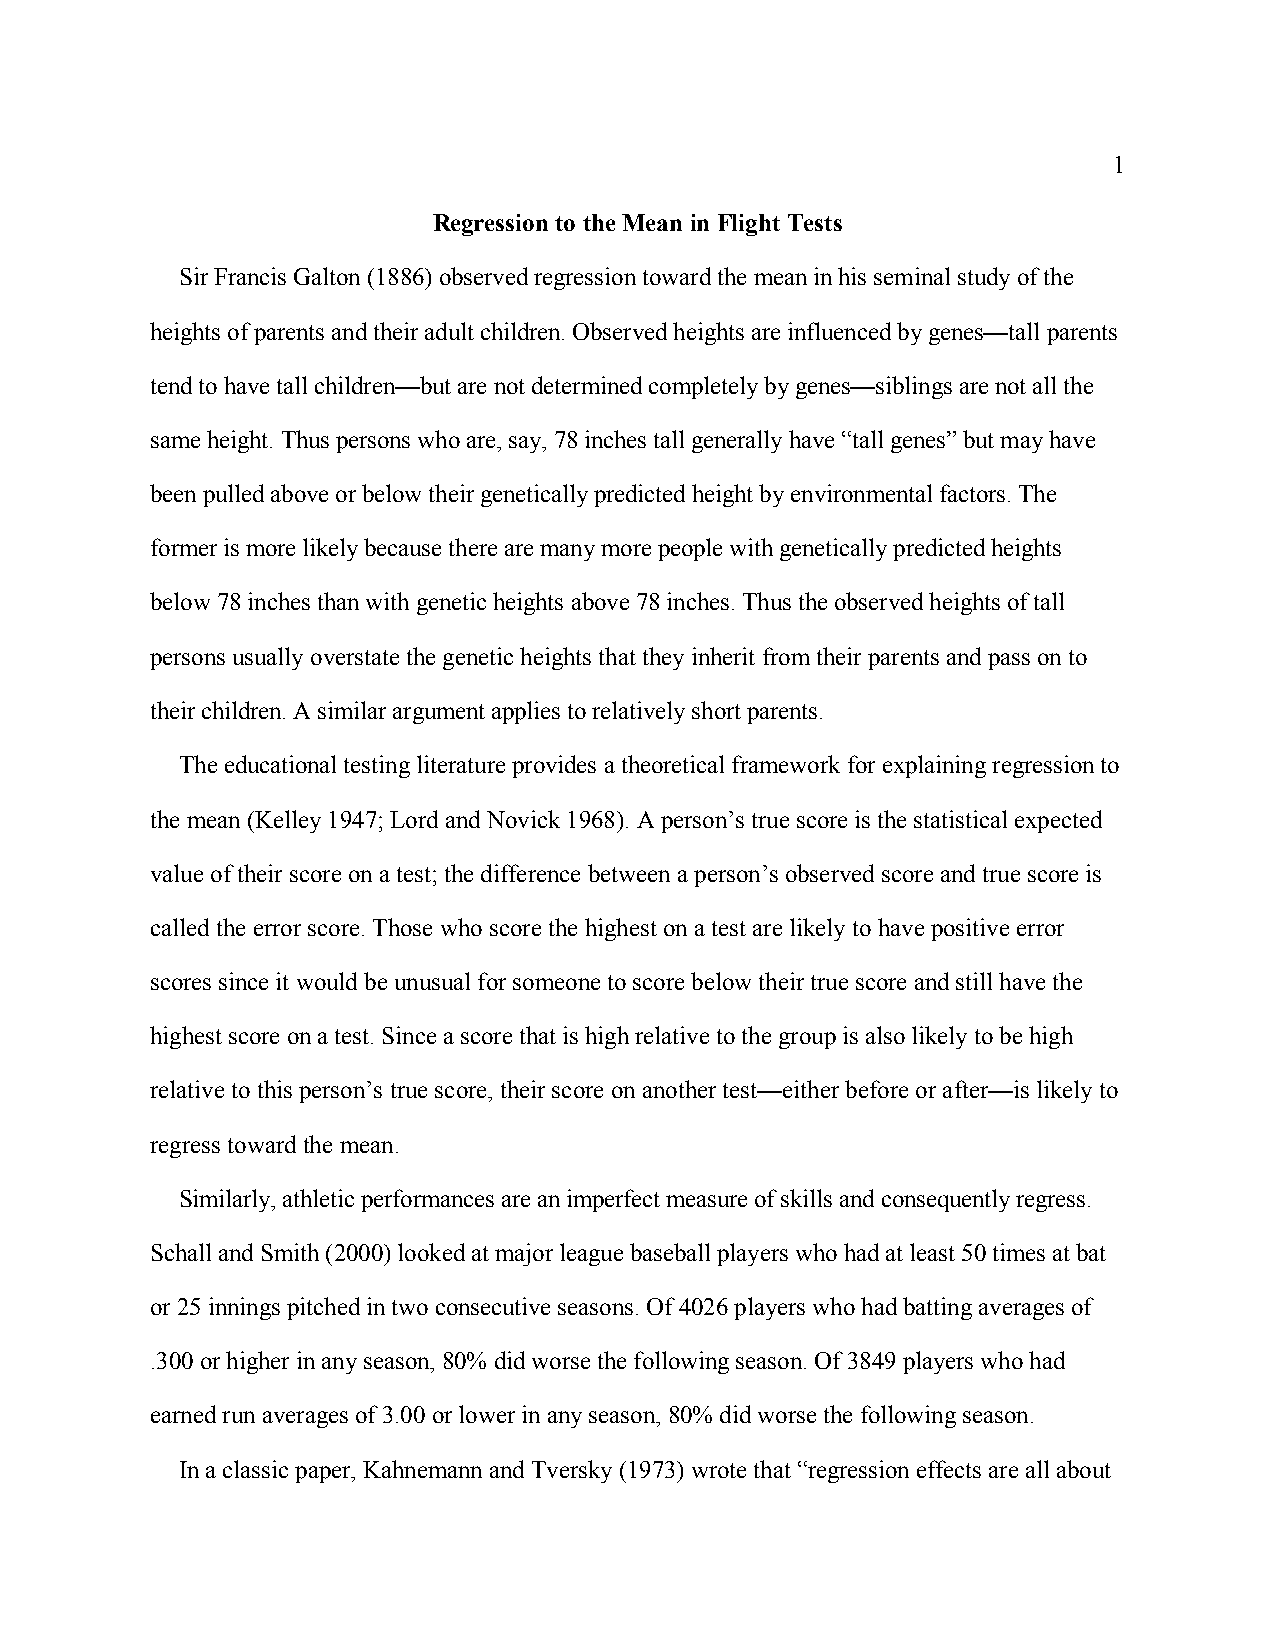
1
 Regression to the Mean in Flight Tests
 Sir Francis Galton (1886) observed regression toward the mean in his seminal study of the
 heights of parents and their adult children. Observed heights are influenced by genes—tall parents
 tend to have tall children—but are not determined completely by genes—siblings are not all the
 same height. Thus persons who are, say, 78 inches tall generally have “tall genes” but may have
 been pulled above or below their genetically predicted height by environmental factors. The
 former is more likely because there are many more people with genetically predicted heights
 below 78 inches than with genetic heights above 78 inches. Thus the observed heights of tall
 persons usually overstate the genetic heights that they inherit from their parents and pass on to
 their children. A similar argument applies to relatively short parents.
 The educational testing literature provides a theoretical framework for explaining regression to
 the mean (Kelley 1947; Lord and Novick 1968). A person’s true score is the statistical expected
 value of their score on a test; the difference between a person’s observed score and true score is
 called the error score. Those who score the highest on a test are likely to have positive error
 scores since it would be unusual for someone to score below their true score and still have the
 highest score on a test. Since a score that is high relative to the group is also likely to be high
 relative to this person’s true score, their score on another test—either before or after—is likely to
 regress toward the mean.
 Similarly, athletic performances are an imperfect measure of skills and consequently regress.
 Schall and Smith (2000) looked at major league baseball players who had at least 50 times at bat
 or 25 innings pitched in two consecutive seasons. Of 4026 players who had batting averages of
 .300 or higher in any season, 80% did worse the following season. Of 3849 players who had
 earned run averages of 3.00 or lower in any season, 80% did worse the following season.
 In a classic paper, Kahnemann and Tversky (1973) wrote that “regression effects are all about